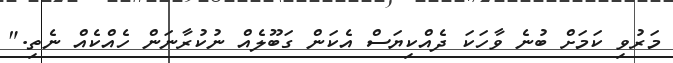
މަރުވި ކަމަށް ބުނެ ވާހަކަ ދެއްކިޔަސް އެކަން ގަބޫލެއް ނުކުރާނަން ހެއްކެއް ނެތި."